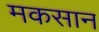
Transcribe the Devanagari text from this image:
मकसान